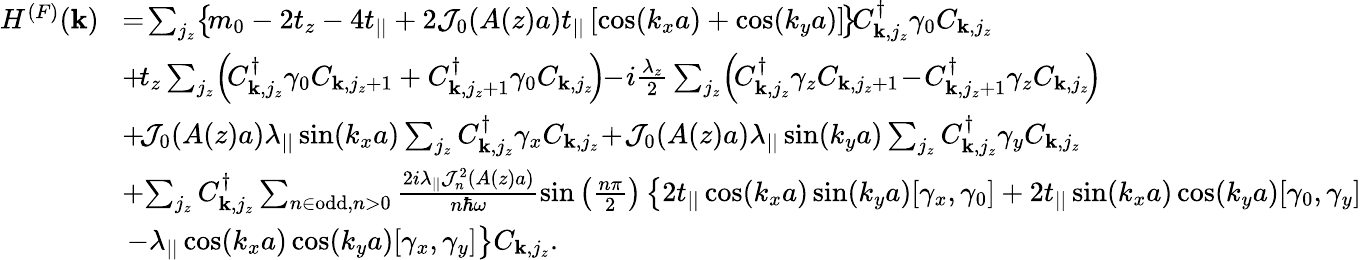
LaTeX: \begin{array}{rl}{H^{(F)}({\mathbf k})}&{\! =\! \sum_{j_{z}}\! \left\{ \! m_{0}-2t_{z}-4t_{||}+2{\cal J}_{0}(A(z)a)t_{||}\left[\cos(k_{x}a)+\cos(k_{y}a)\right]\! \right\} \! C_{{\mathbf k},j_{z}}^{\dagger}\gamma_{0}C_{{\mathbf k},j_{z}}}\\ &{\! +\! t_{z}\sum_{j_{z}}\! \left(\! C_{{\mathbf k},j_{z}}^{\dagger}\gamma_{0}C_{{\mathbf k},j_{z}+1}+C_{{\mathbf k},j_{z}+1}^{\dagger}\gamma_{0}C_{{\mathbf k},j_{z}}\! \right)\! \! -\! i\frac{\lambda_{z}}{2}\sum_{j_{z}}\! \left(\! C_{{\mathbf k},j_{z}}^{\dagger}\gamma_{z}C_{{\mathbf k},j_{z}+1}\! -\! C_{{\mathbf k},j_{z}+1}^{\dagger}\gamma_{z}C_{{\mathbf k},j_{z}}\! \right)\! }\\ &{\! +\! {\cal J}_{0}(A(z)a)\lambda_{||}\sin(k_{x}a)\sum_{j_{z}}C_{{\mathbf k},j_{z}}^{\dagger}\gamma_{x}C_{{\mathbf k},j_{z}}\! +\! {\cal J}_{0}(A(z)a)\lambda_{||}\sin(k_{y}a)\sum_{j_{z}}C_{{\mathbf k},j_{z}}^{\dagger}\gamma_{y}C_{{\mathbf k},j_{z}}}\\ &{\! +\! \sum_{j_{z}}C_{{\mathbf k},j_{z}}^{\dagger}\sum_{n\in\mathrm{odd},n>0}\frac{2i\lambda_{||}{\cal J}_{n}^{2}(A(z)a)}{n\hbar\omega}\sin\left(\frac{n\pi}{2}\right)\left\{ 2t_{||}\cos(k_{x}a)\sin(k_{y}a)[\gamma_{x},\gamma_{0}]+2t_{||}\sin(k_{x}a)\cos(k_{y}a)[\gamma_{0},\gamma_{y}]\right.}\\ &{\left.-\lambda_{||}\cos(k_{x}a)\cos(k_{y}a)[\gamma_{x},\gamma_{y}]\right\} C_{{\mathbf k},j_{z}}.}\end{array}